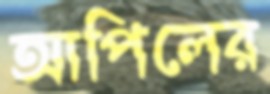
আপিলের